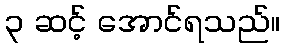
၃ ဆင့် အောင်ရသည်။